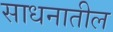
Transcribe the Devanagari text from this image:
साधनातील